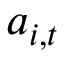
a _ { i , t }